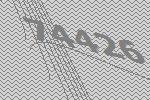
74426